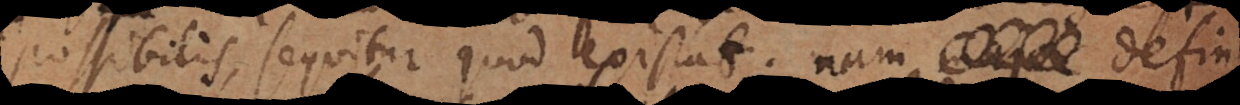
possibilis, sequitur quod existat; nam non